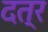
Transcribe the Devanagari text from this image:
दत्र